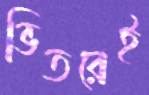
ভিতরেই